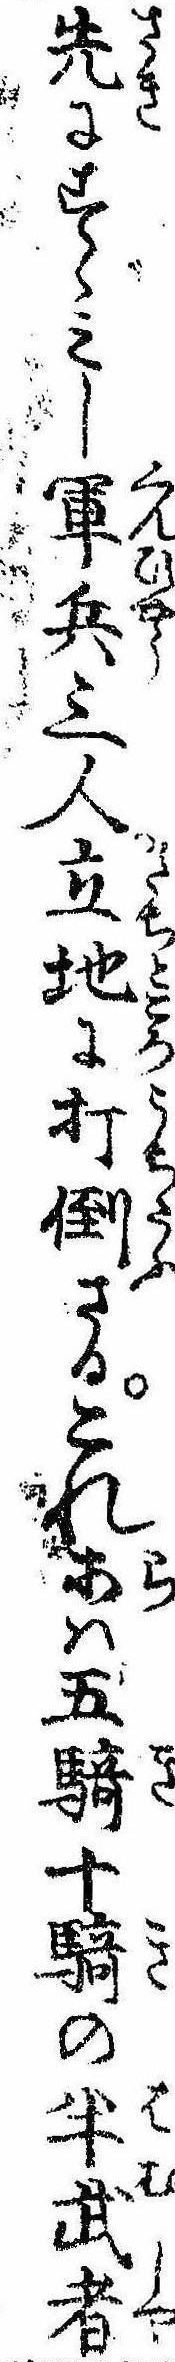
先にすゝみし軍兵三人立地に打倒さるこれ等は五騎十騎の半武者